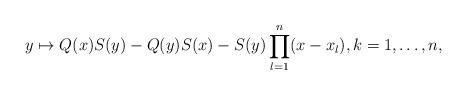
LaTeX: \begin{align*}y\mapsto {Q}(x){S}(y)-{Q}(y){S}(x) -{S}(y)\prod_{l=1}^n(x-{x}_l),k=1,\dots, n,\end{align*}